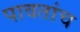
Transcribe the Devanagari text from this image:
पावतांच